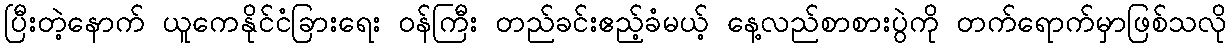
ပြီးတဲ့နောက် ယူကေနိုင်ငံခြားရေး ဝန်ကြီး တည်ခင်းဧည့်ခံမယ့် နေ့လည်စာစားပွဲကို တက်ရောက်မှာဖြစ်သလို